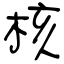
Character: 核